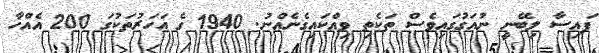
ފައިސާ ލިބޭނީ ނުއަގުގައިވެސް ތަކެތި ވިއްކައިގެނެއްނު. 1940 ގެ އަހަރުތަކުގަ 200 އެއްހާ